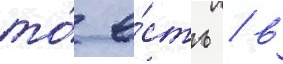
то́ е́сть / в